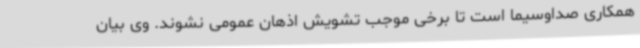
همکاری صداوسیما است تا برخی موجب تشویش اذهان عمومی نشوند. وی بیان